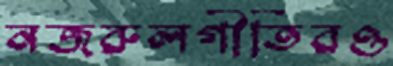
নজরুলগীতিরও